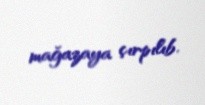
mağazaya çırpılıb.